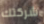
شركتك